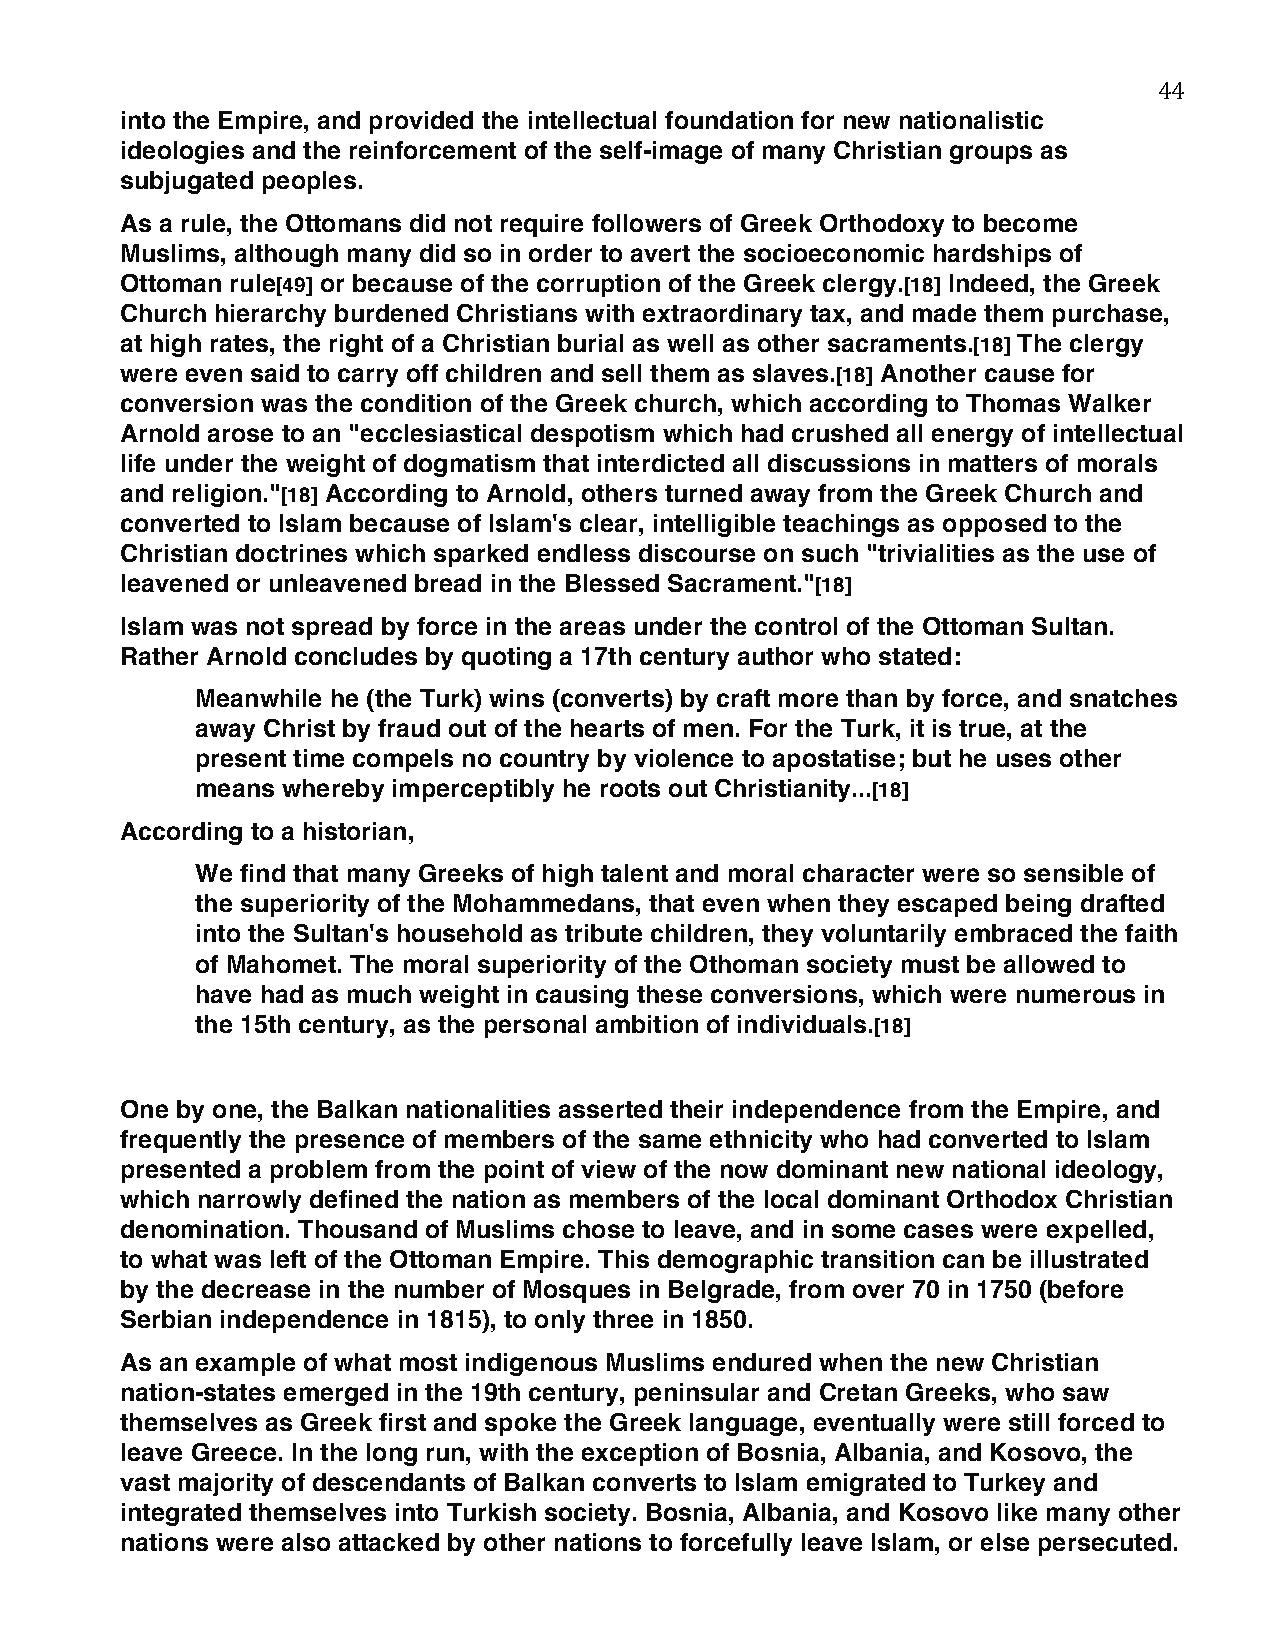
44
 into the Empire, and provided the intellectual foundation for new nationalistic
 ideologies and the reinforcement of the self-image of many Christian groups as
 subjugated peoples.
 As a rule, the Ottomans did not require followers of Greek Orthodoxy to become
 Muslims, although many did so in order to avert the socioeconomic hardships of
 Ottoman rule[49] or because of the corruption of the Greek clergy.[18] Indeed, the Greek
 Church hierarchy burdened Christians with extraordinary tax, and made them purchase,
 at high rates, the right of a Christian burial as well as other sacraments.[18] The clergy
 were even said to carry off children and sell them as slaves.[18] Another cause for
 conversion was the condition of the Greek church, which according to Thomas Walker
 Arnold arose to an "ecclesiastical despotism which had crushed all energy of intellectual
 life under the weight of dogmatism that interdicted all discussions in matters of morals
 and religion."[18] According to Arnold, others turned away from the Greek Church and
 converted to Islam because of Islam's clear, intelligible teachings as opposed to the
 Christian doctrines which sparked endless discourse on such "trivialities as the use of
 leavened or unleavened bread in the Blessed Sacrament."[18]
 Islam was not spread by force in the areas under the control of the Ottoman Sultan.
 Rather Arnold concludes by quoting a 17th century author who stated:
 Meanwhile he (the Turk) wins (converts) by craft more than by force, and snatches
 away Christ by fraud out of the hearts of men. For the Turk, it is true, at the
 present time compels no country by violence to apostatise; but he uses other
 means whereby imperceptibly he roots out Christianity...[18]
 According to a historian,
 We find that many Greeks of high talent and moral character were so sensible of
 the superiority of the Mohammedans, that even when they escaped being drafted
 into the Sultan's household as tribute children, they voluntarily embraced the faith
 of Mahomet. The moral superiority of the Othoman society must be allowed to
 have had as much weight in causing these conversions, which were numerous in
 the 15th century, as the personal ambition of individuals.[18]
 One by one, the Balkan nationalities asserted their independence from the Empire, and
 frequently the presence of members of the same ethnicity who had converted to Islam
 presented a problem from the point of view of the now dominant new national ideology,
 which narrowly defined the nation as members of the local dominant Orthodox Christian
 denomination. Thousand of Muslims chose to leave, and in some cases were expelled,
 to what was left of the Ottoman Empire. This demographic transition can be illustrated
 by the decrease in the number of Mosques in Belgrade, from over 70 in 1750 (before
 Serbian independence in 1815), to only three in 1850.
 As an example of what most indigenous Muslims endured when the new Christian
 nation-states emerged in the 19th century, peninsular and Cretan Greeks, who saw
 themselves as Greek first and spoke the Greek language, eventually were still forced to
 leave Greece. In the long run, with the exception of Bosnia, Albania, and Kosovo, the
 vast majority of descendants of Balkan converts to Islam emigrated to Turkey and
 integrated themselves into Turkish society. Bosnia, Albania, and Kosovo like many other
 nations were also attacked by other nations to forcefully leave Islam, or else persecuted.